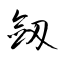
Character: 劔